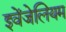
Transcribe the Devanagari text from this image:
इवेंजेलियम